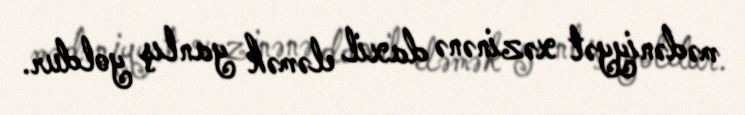
mədəniyyət xəzinənə daxil eləmək yanlış yoldur.